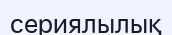
сериялылық